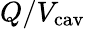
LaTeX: Q/V_{\mathrm{cav}}